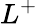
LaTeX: L^{+}